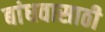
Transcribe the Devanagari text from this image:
बांधवासाठी